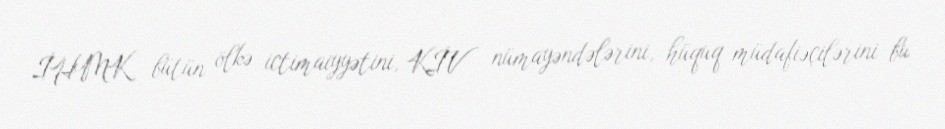
İHMK bütün ölkə ictimaiyyətini, KİV nümayəndələrini, hüquq müdafiəçilərini bu